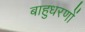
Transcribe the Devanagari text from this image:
बाहुधरणों